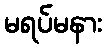
မရပ်မနား